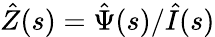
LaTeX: \hat{Z}(s)=\hat{\Psi}(s)/\hat{I}(s)